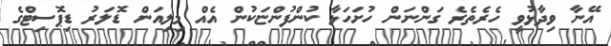
އޭނާ ވިދާޅުވީ ހެރެތެރެ ގަންނަން ހުށަހަޅާ ކުންފުންޏަކުން އެއް މިލިއަން ޑޮލަރު ޑިޕޮސިޓްގެ